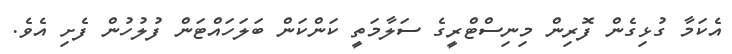
އެކަމާ ގުޅިގެން ފޮރިން މިނިސްޓްރީގެ ސަލާމަތީ ކަންކަން ބަލަހައްޓަން ފުލުހުން ފެށި އެވެ.